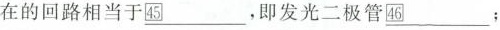
在的回路相当于\underline ㊺，即发光二极管围\underline ㊻；